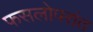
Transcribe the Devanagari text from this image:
फसलोपरांत